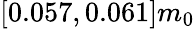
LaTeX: [0.057,0.061]m_{0}